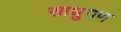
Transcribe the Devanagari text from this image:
साधुगण